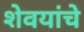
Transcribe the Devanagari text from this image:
शेवयांचे